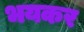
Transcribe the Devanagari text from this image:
भयकर